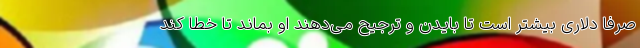
صرفا دلاری بیشتر است تا بایدن و ترجیح می‌دهند او بماند تا خطا کند